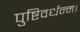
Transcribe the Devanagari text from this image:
पुष्टिवर्धन्म।